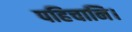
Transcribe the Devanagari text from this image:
पहिचानि।